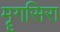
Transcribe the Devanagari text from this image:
मॄगसिरा